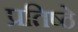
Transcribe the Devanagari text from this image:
प्रतिष्ठे